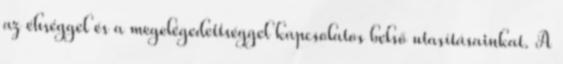
az éhséggel és a megelégedettséggel kapcsolatos belső utasításainkat. A